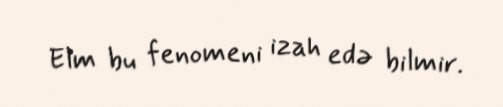
Elm bu fenomeni izah edə bilmir.